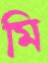
মি